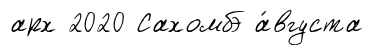
арх 2020 Сахомбэ а́вгуста